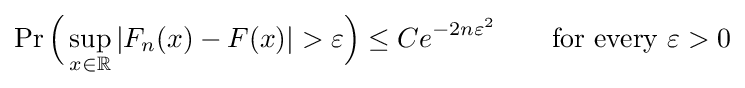
\Pr {\Bigl (}\sup _{x\in \mathbb {R} }|F_{n}(x)-F(x)|>\varepsilon {\Bigr )}\leq Ce^{-2n\varepsilon ^{2}}\qquad {\text{for every }}\varepsilon >0